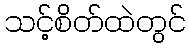
သင့်စိတ်ထဲတွင်